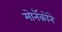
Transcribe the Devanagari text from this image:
मोनॅकोने